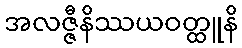
အလဇ္ဇီနိဿယဝတ္ထူနိ